Lunatic asylums Madras 1892-1911 - 1892-1911
Year: 1892
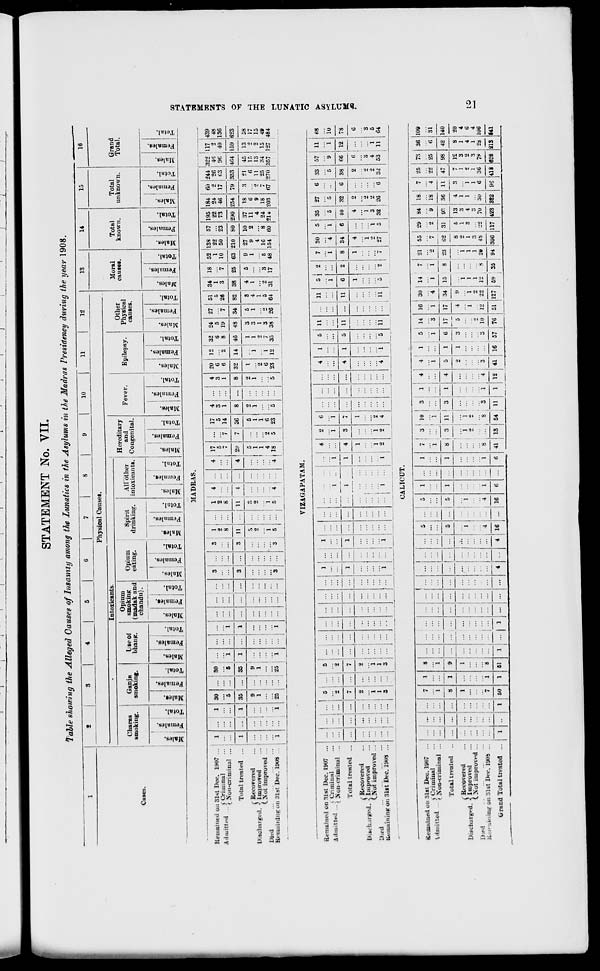
STATEMENT No. VII.
Table showing the Alleged Causes of Insanity among the Lunatics in the Asylums in the Madras Presidency during the year 1908.
1
2
»
4
!
•
6
7
8
9
10
11
12
13
14
15
16
Physioal Causes.
Moral
causes.
Total
known.
Total
unknown.
•
Intoxicants.
Hereditary
and
Congenital.
Fever.
Epilepsy.
Other
Physical
causes.
Cases.
Charas
smoking.
Ganja
smoking.
Lseof
bhang.
Opium
smoking
(madak and
chandu).
1
1
f.
-
—.
5 s 1
S 1 6. j &
Opium
Spirit
eating.
drinking.
All other
intoxicants.
Grand
Total.
■
& i e
H 1 (* E*
• 1 * i
- : s 3
& 1 S I o
S | s, |E-
s
1
£ i
« ! -s
s : |
C9
C
fe E-
I-'I i lil
•2 1 1 ■ S
* i £ i 5
S 1 r * : H B &. | E-i
!
|
. i 3-
- - "3
= ! 5 : "S
03
a!
9
a o
"5
c
EH
£
"3 g
fa
*
.
•r.
Hi
3
a
'-
"3
o
H
! JO
CO ! "3
.2 ' S
a ; £
"3
o 1 I
fa
"3
o
eg
"3 S
CS
*3
o
EH
i se
•
■£
"3 £
S | fa
o 3
«
"3
1
—
MADRAS.
Remained oil 31st Dec. 190? ..
1
1 30
30
1
... ...
3 1 ... 1 3
1
1 ...
i
4
4 17
17
4
4 20 12 32 24 27 51 34 18
i
!
52 133 ! 57 195 184 60 244 322 m 439
Admitted ...(<>'""n?J . , •••
(. Aon-cnniinal ...
„
... 1 ... ... 2
%
5
5
3
3
G
6
0
5
1
1 . 22 ... 22 24
2 26 4'?
•> 48
5 ... 5 1 ... 1 i ...
... 1 ...
8
8
...
7 14
1 ... 1 6 2 8 19 7 26 3 7 10 50 ' 23 73 46 17 t;3 96 40 136
Total treated ...
1
l 35 ... 35 1 ... | i ... ... i ... 3 ... 3 11
11
3
4
4 29
5
7 36
5
8
0
... 8 32 14 46 48 34 82 38 25 63 210 80 290 254 79 333 464
45
159
Is"
623
( Recovered
Uischatgeil. i Improved
(.Not improved ...
9
9
!
S
2
1
1
3
5
8
4
5
9 ; 27 10 37 18
3 21
58
... ! ...
1
1
... | ...
2
2
1
1
1
1
1
1
8
1
4
1
1
9
2 11
6
6 in
•) 17
:.. i ...
1
1
2
2
1
1
4
4
9
2 11 13
2 15
Died
...
1
... 1 1
... | 4
2
fi
« 1 7 3 2 a 2 3 5 i 16 8 24 18
25 34 15 49
Remaining on 31st Dec. 1908 ...
■
1 25 I ... 25
1 -1 * ... ... S 3 5
-!•
4
4 j 18
5 23
5
5 23 12 35 38 26 64 31 17 48 154 60
1
!
1
2U 203 67 270 357 127 484
VIZAGAPATAM.
>■
3
is
•z
HI
■M
©
n
M
>
HI
Remained on 31st Dec. 1907
< * ,;t. i
I Criminal
Admitted ... | Nou . criminal
Total treated
r Recovered
Discharged, s Improved
(.Not improved
D.ed
lieiuuiuing on 3l8t Dec. 19us
•• I
5 ...
2
7 ...
i ...
i
l
3
...
... I
1 I ...
2 ...
I
i ' ■ ...
...
—HI—
...
...
...
]
1
:::
•
...
i
...
i
...
4
2
6
4
1
5 11
11
5
2
7 30
5 35 27
6 33 57 11
.. "i
i i
...
...
...
i
1
4
1
5
5 • • ' i 9 i
l
4
1
3
7
1
... 4 1 5 11
...
11
-
6
2
8 34
4
6 40
4
32
2
6 38
2
6
12
1
1
...
i
"l
2
2
3
1
1
2
g
i 3 2
2
4
1
i 2 2 4 ...
4
1
5 11 ... ii 5 2 7 27 5 32 26 6 3i> 53 11
KS
10
78
6
8
5
64
■J-
CALICUT.
tiemidiied on 31st Dec. 1907 ...
...
\ Crimiual
IdHutted
> x OQ . cnl)lilial ...
...
...
...
7
i
1
8
i
...
5
5
1
1
i
7 j 3
i
:::
10 j 3
"i i:::
1 _« 4
"i
1
5
1
14
3
16
i
30
"i
14
7
...
.„
21
2
55
"7
29
"2
34
9
18.
18
7
4
25
22
73
25
36
6
109
31
Total treated ..
...
...
"'
8
1
7
1
i
9
1
8
;."
... ... 5
5
"l
4
1
i
1
1
6j 3
1
... j 2
11
3
"i 1 ' . ' . ' .
a
"i ' 3
1
"i
4
4
5
2
3
1
6 17
5
10
17
4
i
12
:J4
9
i
2
22
15
8
ll =
12
8
23
\
1
2t
62
8
2
I
3
48
31
5
1
3
22
9!'.
13
3
4
7u
36
4
1
1
30
11
3
1
1
6
47
7
1
2
1
36
98
12
8
2
3
78
42
8
1
J
2a
140
( Recovered
Discharged. 1 Improved
(.Not improved ...
Died
KetVlliliing on :>lst Dec. 1908 ...
• • •
...
I
4
> .
... , ...
...
3
20
4
6
4
106
Grand Total treated ...
1 ••
l 50
l tl
1
1 ...
... •1 4 16 ... 16 6 6 41 18 M 11
1
1
i
l 12 41 16 57 76 51 127 69 35
i
94 306 117 423 322 9e 418 628 213 841
LO